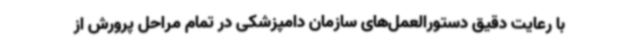
با رعایت دقیق دستورالعمل‌های سازمان دامپزشکی در تمام مراحل پرورش از